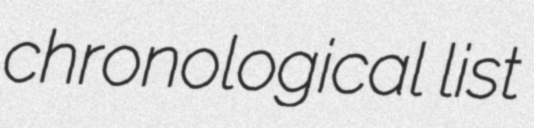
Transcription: chronological list